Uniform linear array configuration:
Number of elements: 16
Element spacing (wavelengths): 0.5
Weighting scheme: binomial
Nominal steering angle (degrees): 15
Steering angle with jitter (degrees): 13.396
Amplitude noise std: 0.05
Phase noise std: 0.05

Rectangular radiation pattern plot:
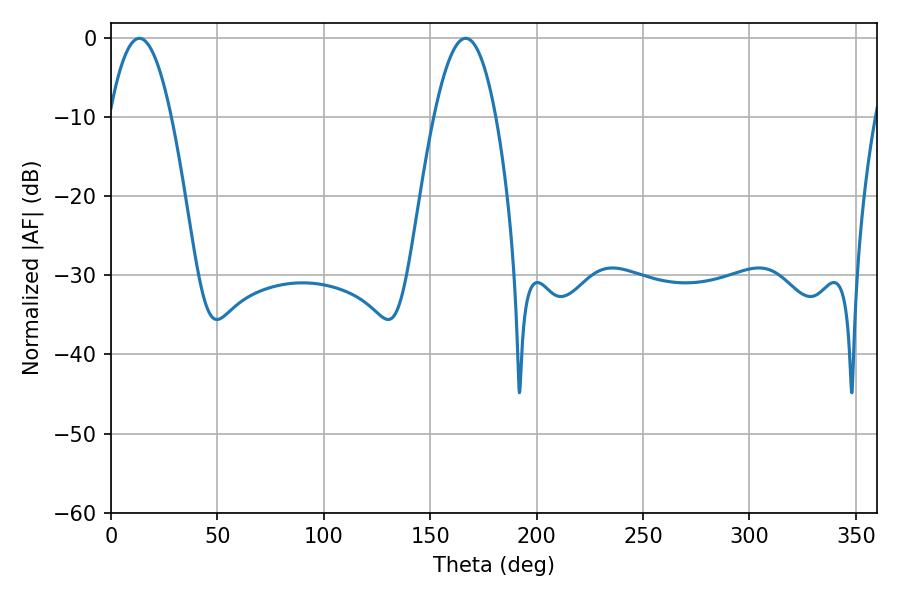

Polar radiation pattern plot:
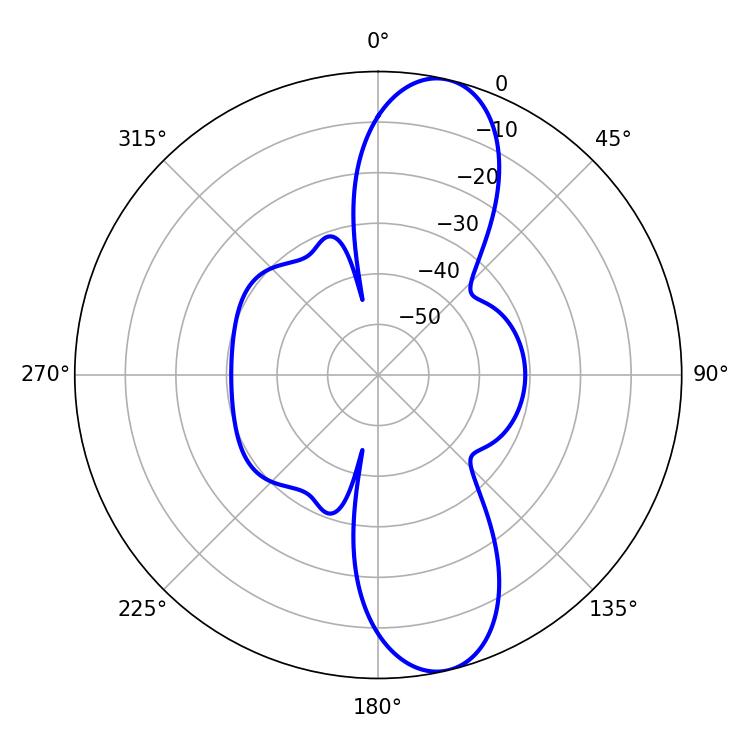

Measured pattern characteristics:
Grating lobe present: FALSE
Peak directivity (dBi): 11.59
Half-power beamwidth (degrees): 15.84
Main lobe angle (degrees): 13.32